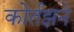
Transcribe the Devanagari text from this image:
कोर्तझने